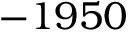
- 1 9 5 0